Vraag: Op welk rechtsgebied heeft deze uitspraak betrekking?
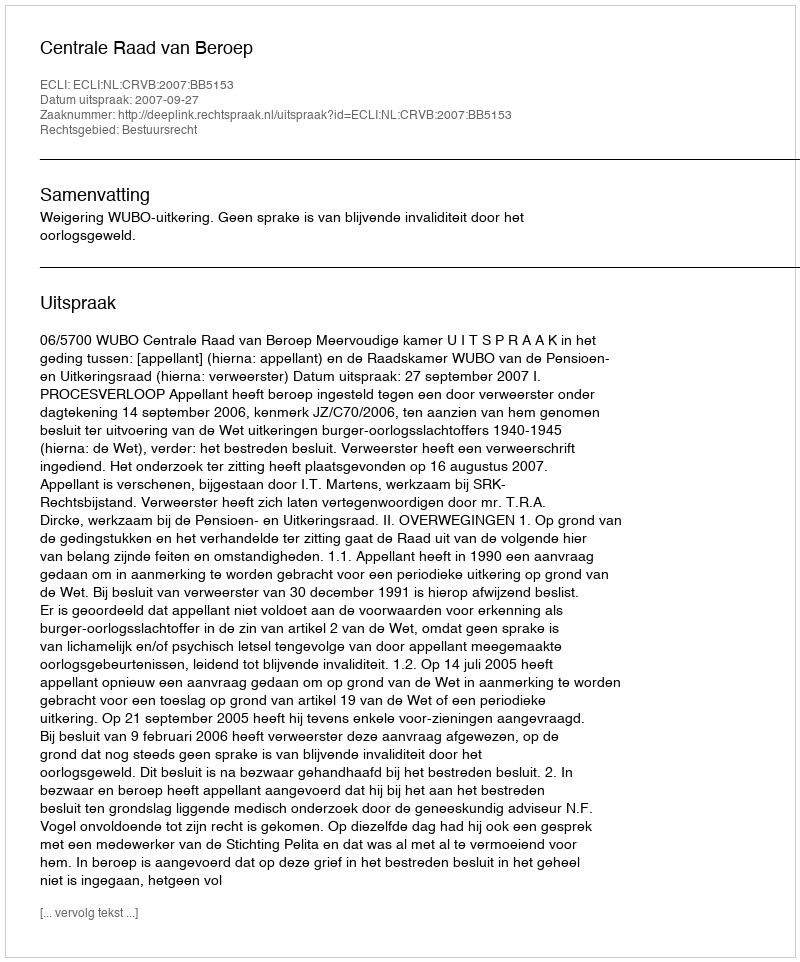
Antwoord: Bestuursrecht